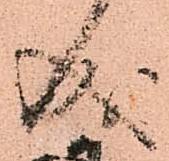
成